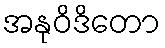
အနုဝိဒိတော